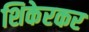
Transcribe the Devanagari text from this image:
शिकेरकर